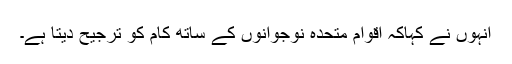
انہوں نے کہاکہ اقوام متحدہ نوجوانوں کے ساتھ کام کو ترجیح دیتا ہے۔